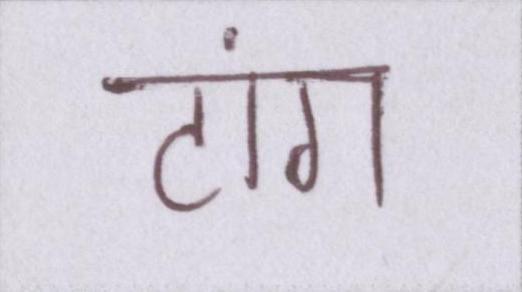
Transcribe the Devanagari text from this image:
टांग